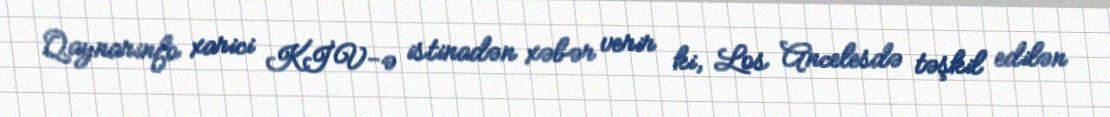
Qaynarinfo xarici KİV-ə istinadən xəbər verir ki, Los Ancelesdə təşkil edilən